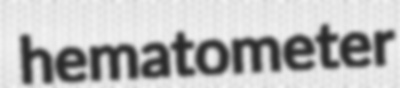
hematometer